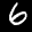
Label: 6